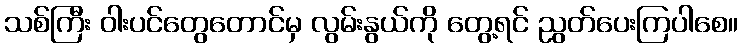
သစ်ကြီး ဝါးပင်တွေတောင်မှ လွမ်းနွယ်ကို တွေ့ရင် ညွတ်ပေးကြပါစေ။